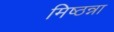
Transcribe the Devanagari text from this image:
मिष्ठन्ना